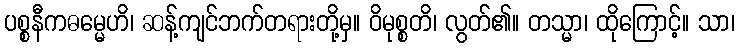
ပစ္စနီကဓမ္မေဟိ၊ ဆန့်ကျင်ဘက်တရားတို့မှ။ ဝိမုစ္စတိ၊ လွတ်၏။ တသ္မာ၊ ထိုကြောင့်။ သာ၊